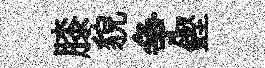
膝貌争鏗